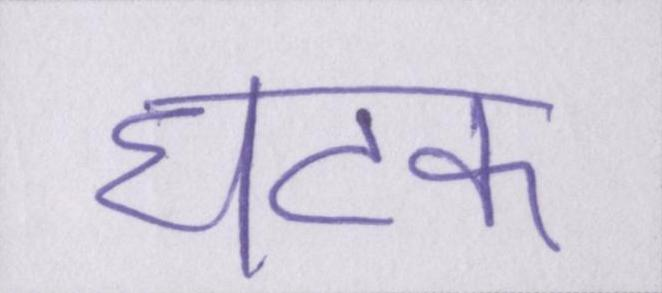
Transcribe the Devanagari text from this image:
घटक